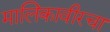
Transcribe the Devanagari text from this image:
मालिकावीरचा